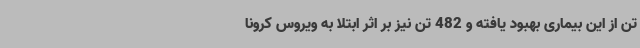
تن از این بیماری بهبود یافته‌ و 482 تن نیز بر اثر ابتلا به ویروس کرونا